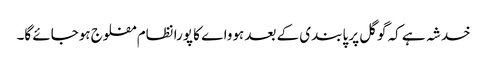
خدشہ ہے کہ گوگل پر پابندی کے بعد ہوواے کا پورا نظام مفلوج ہوجائے گا۔